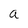
Character: a